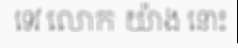
ទេវ លោក យ៉ាង នោះ